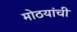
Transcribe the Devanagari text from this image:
मोठयांची